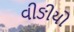
વીઙીયો